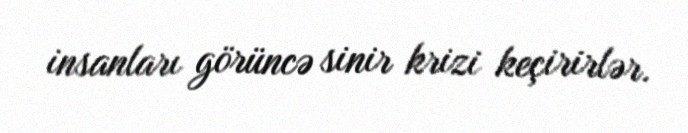
insanları görüncə sinir krizi keçirirlər.